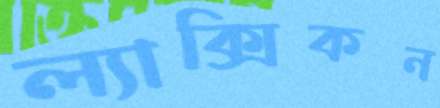
ল্যাক্সিকন